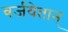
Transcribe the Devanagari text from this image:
वर्जयेतान्